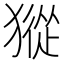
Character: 𤡆